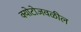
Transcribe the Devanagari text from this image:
क्योटोजवळील